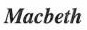
Macbeth